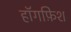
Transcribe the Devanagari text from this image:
हॉगफ़िश